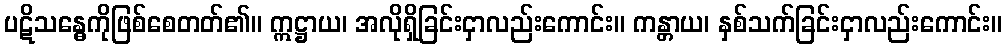
ပဋိသန္ဓေကိုဖြစ်စေတတ်၏။ ဣဋ္ဌာယ၊ အလိုရှိခြင်းငှာလည်းကောင်း။ ကန္တာယ၊ နှစ်သက်ခြင်းငှာလည်းကောင်း။